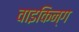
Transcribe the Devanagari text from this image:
वाइकिन्ग